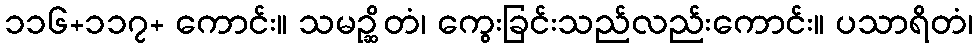
၁၁၆+၁၁၇+ ကောင်း။ သမဉ္ဆိတံ၊ ကွေးခြင်းသည်လည်းကောင်း။ ပသာရိတံ၊